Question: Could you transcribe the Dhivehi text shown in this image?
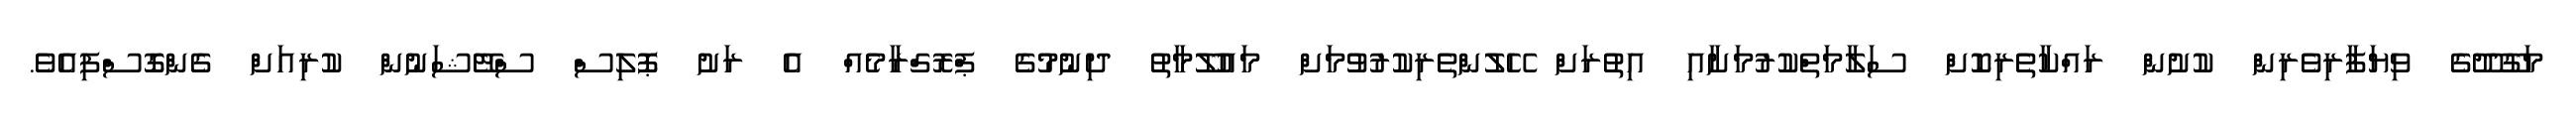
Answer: މަގޫދޫގެ ވިޔަފާރިވެރިން ކުށުން ރައްކާތެރިކޮށް ސަލާމަތްކުރުމަށާއި އިތުރަށް ހޭލުންތެރިކުރުވުމަށް މައުލޫމާތު ދިނުމުގެ ޕްރޮގްރާމެއް އެ ރަށު ޕޮލިސް ސްޓޭޝަނުން ކުރިއަށް ގެންގޮސްފިއެވެ.